Annual report of the Imperial Bacteriologist
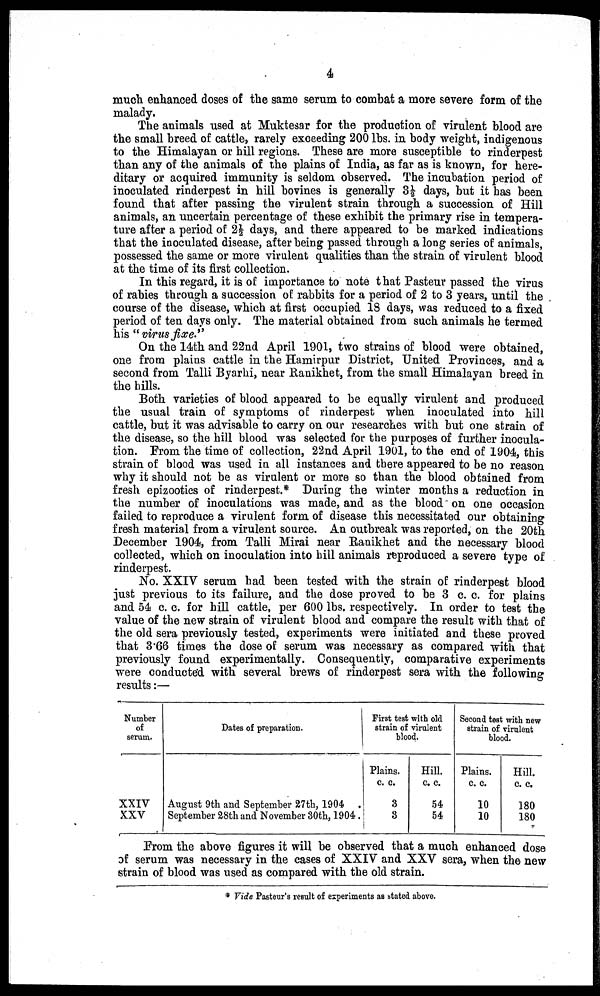
4
much enhanced doses of the same serum to combat a more severe form of the
malady.
The animals used at Muktesar for the production of virulent blood are
the small breed of cattle, rarely exceeding 200 lbs. in body weight, indigenous
to the Himalayan or hill regions. These are more susceptible to rinderpest
than any of the animals of the plains of India, as far as is known, for here-
ditary or acquired immunity is seldom observed. The incubation period of
inoculated rinderpest in hill bovines is generally 3½ days, but it has been
found that after passing the virulent strain through a succession of Hill
animals, an uncertain percentage of these exhibit the primary rise in tempera-
ture after a period of 2½ days, and there appeared to be marked indications
that the inoculated disease, after being passed through a long series of animals,
possessed the same or more virulent qualities than the strain of virulent blood
at the time of its first collection.
In this regard, it is of importance to note that Pasteur passed the virus
of rabies through a succession of rabbits for a period of 2 to 3 years, until the
course of the disease, which at first occupied 18 days, was reduced to a fixed
period of ten days only. The material obtained from such animals he termed
his " virus fixe."
On the 14th and 22nd April 1901, two strains of blood were obtained,
one from plains cattle in the Hamirpur District, United Provinces, and a
second from Talli Byarhi, near Ranikhet, from the small Himalayan breed in
the hills.
Both varieties of blood appeared to be equally virulent and produced
the usual train of symptoms of rinderpest when inoculated into hill
cattle, but it was advisable to carry on our researches with but one strain of
the disease, so the hill blood was selected for the purposes of further inocula-
tion. From the time of collection, 22nd April 1901, to the end of 1904, this
strain of blood was used in all instances and there appeared to be no reason
why it should not be as virulent or more so than the blood obtained from
fresh epizootics of rinderpest.* During the winter months a reduction in
the number of inoculations was made, and as the blood on one occasion
failed to reproduce a virulent form of disease this necessitated our obtaining
fresh material from a virulent source. An outbreak was reported, on the 20th
December 1904, from Talli Mirai near Ranikhet and the necessary blood
collected, which on inoculation into hill animals reproduced a severe type of
rinderpest.
No. XXIV serum had been tested with the strain of rinderpest blood
just previous to its failure, and the dose proved to be 3 c. c. for plains
and 54 c. c. for hill cattle, per 600 lbs, respectively. In order to test the
value of the new strain of virulent blood and compare the result with that of
the old sera previously tested, experiments were initiated and these proved
that 3.66 times the dose of serum was necessary as compared with that
previously found experimentally. Consequently, comparative experiments
were conducted with several brews of rinderpest sera with the following
results:—
Number
of
serum.
XXIV
XXV
Dates of preparation.
August 9th and September 27th, 1904 .
September 28th and November 30th, 1904.
First test with old
strain of virulent
blood.
Plains.
c. c.
3
3
Hill.
c. c.
54
54
Second test with new
strain of virulent
blood.
Plains.
c. c.
10
10
Hill.
c. c.
180
180
From the above figures it will be observed that a much enhanced dose
of serum was necessary in the cases of XXIV and XXV sera, when the new
strain of blood was used as compared with the old strain.
* Vide Pasteur's result of experiments as stated above.